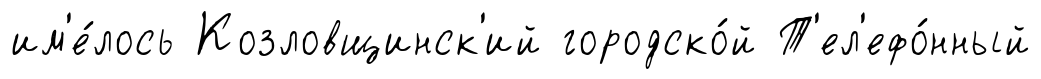
им'е́лось Козловщинск'ий городско́й Т'ел'ефо́нный